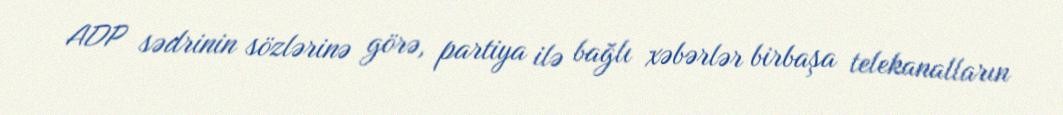
ADP sədrinin sözlərinə görə, partiya ilə bağlı xəbərlər birbaşa telekanalların